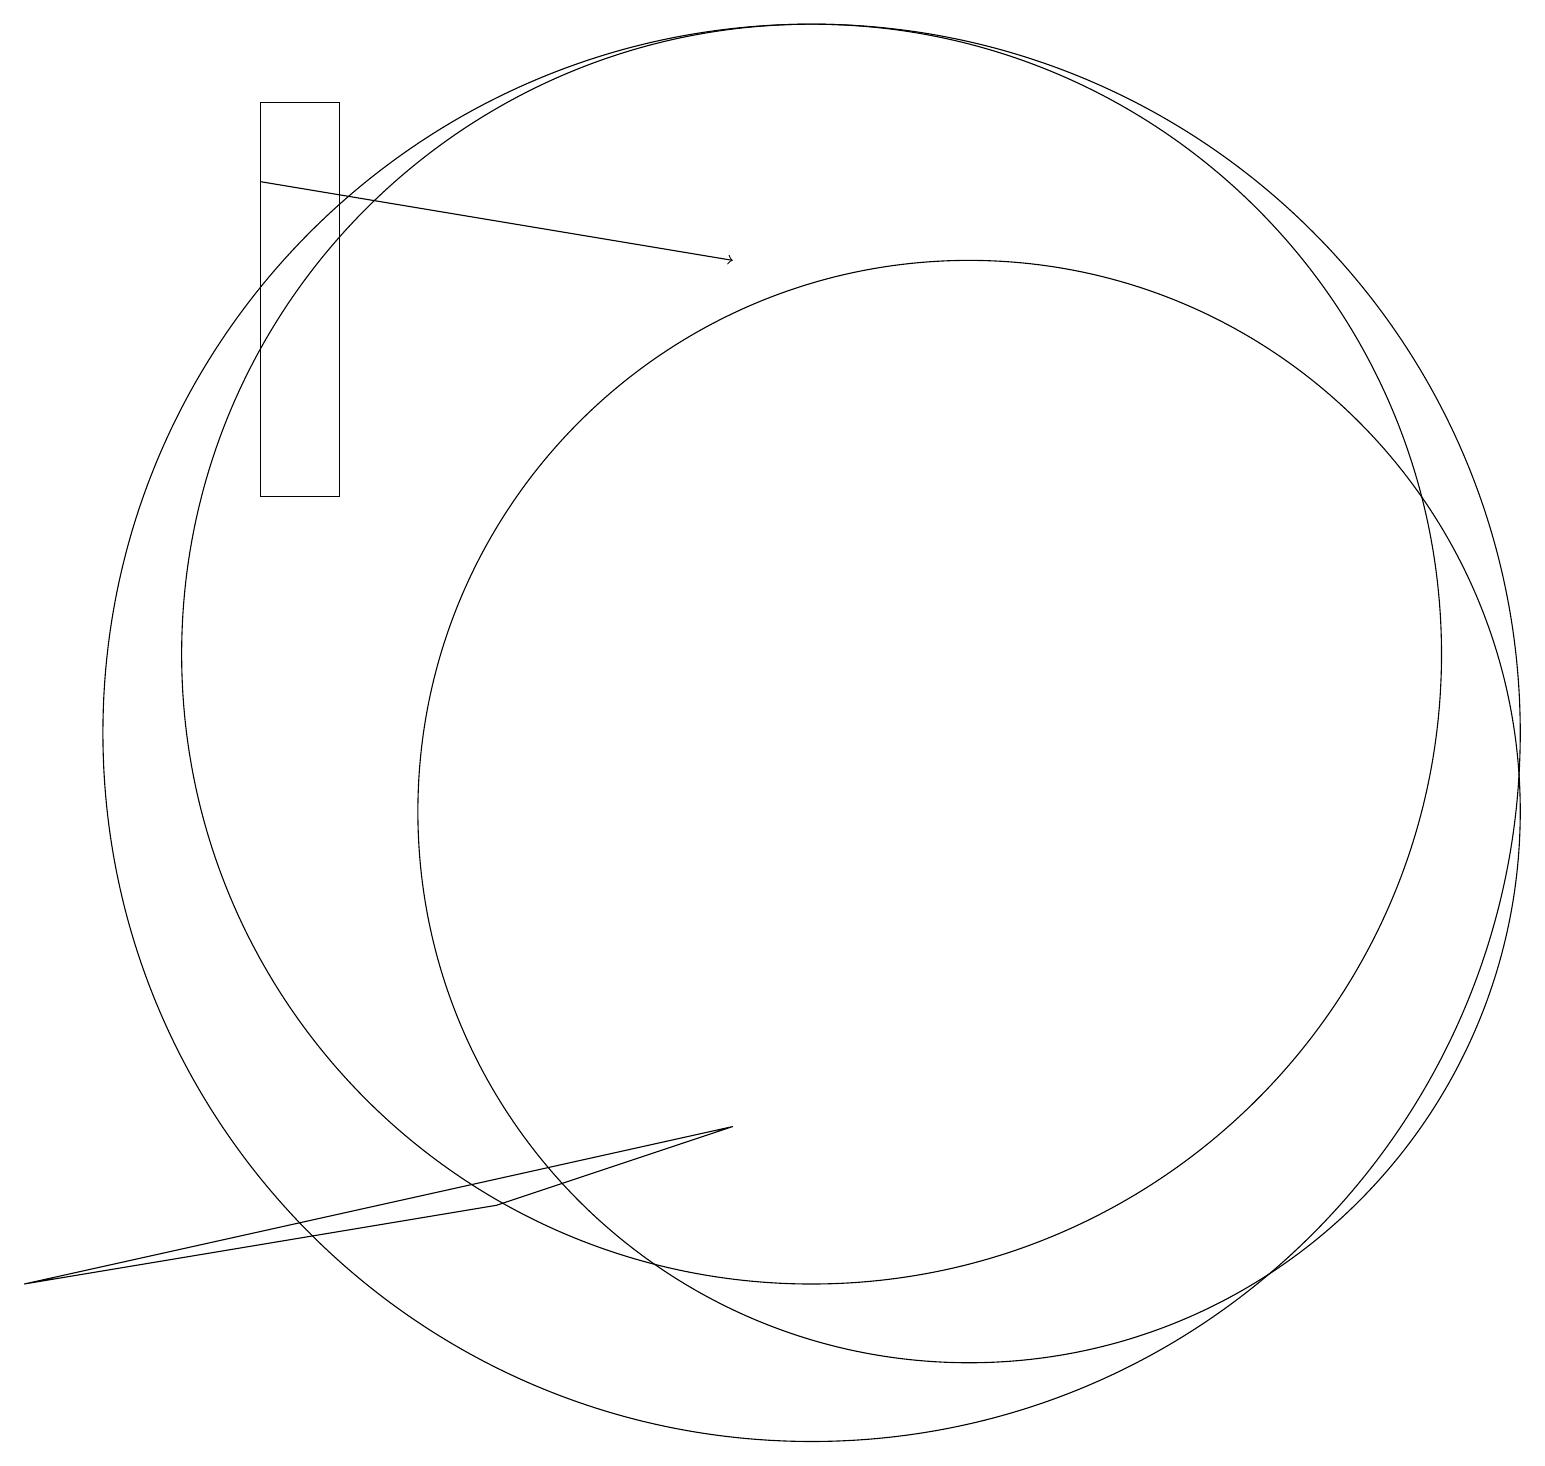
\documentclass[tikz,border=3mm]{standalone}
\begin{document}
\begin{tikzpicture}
\draw[->] (3,18) -- (9,17);
\draw (10,12) circle (8);
\draw (6,5) -- (9,6) -- (0,4) -- cycle;
\draw (12,10) circle (7);
\draw (10,11) circle (9);
\draw (3,14) rectangle (4,19);
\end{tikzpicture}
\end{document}